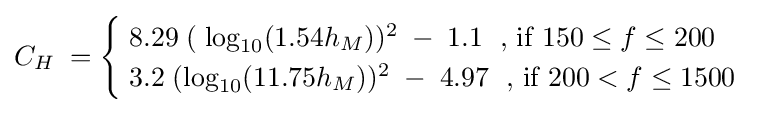
C_{H}\;={\begin{cases}\;8.29\;(\;\log _{10}({1.54h_{M}}))^{2}\;-\;1.1\;{\mbox{  , if }}150\leq f\leq 200\\\;3.2\;(\log _{10}({11.75h_{M}}))^{2}\;-\;4.97\;{\mbox{ , if }}200<f\leq 1500\end{cases}}